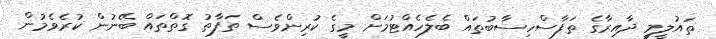
ތައުލީމީ ދާއިރާގެ ތަފާސްހިސާބުތައް ބެލެހެއްޓުމަށް މީގެ ކުރިންވެސް ތަފާތު ގޮތްތައް ބޭނުން ކުރެވެމުން